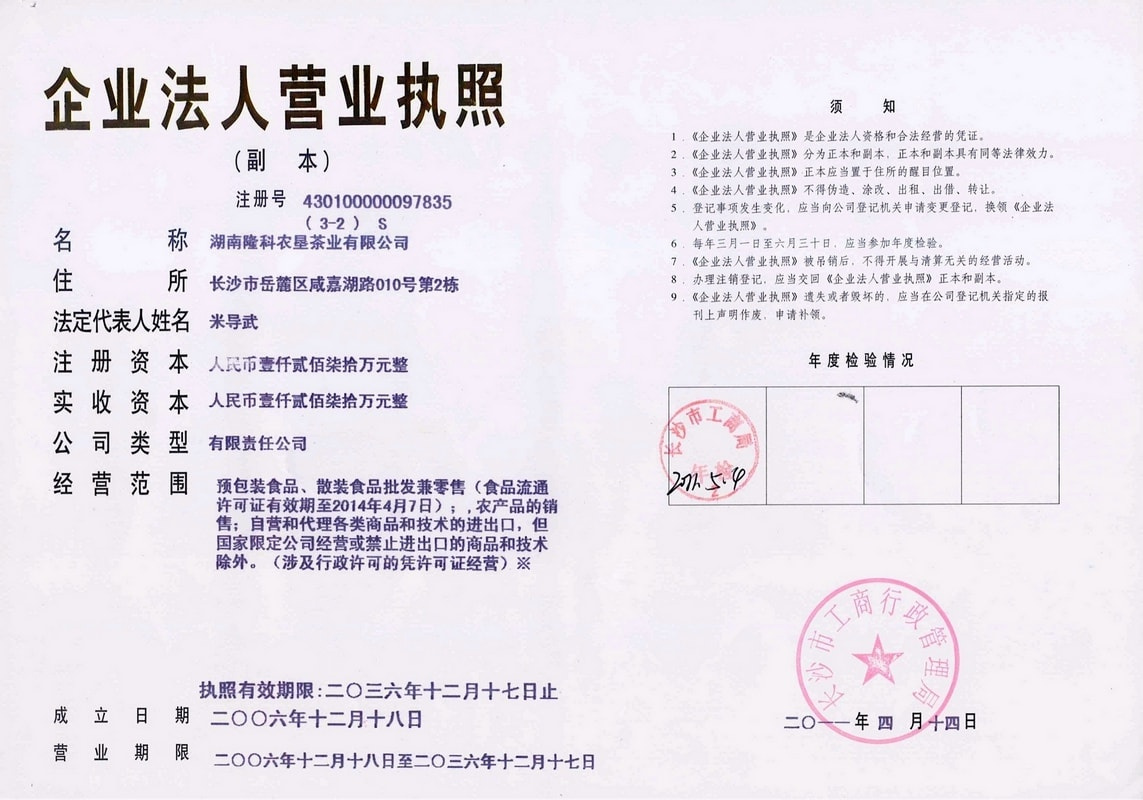
Language: zh